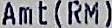
AMT(RM)